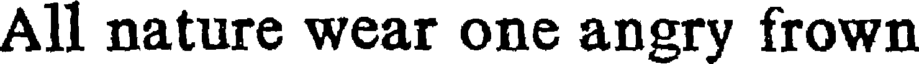
All nature wear one angry frown